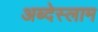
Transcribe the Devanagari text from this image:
अब्देस्लाम